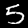
Label: 5